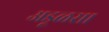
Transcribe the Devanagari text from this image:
अडूळसा